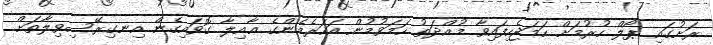
ރަށުގައި ޕޯލް ހުރުމަށް ހަމަޖެހިފައިވާ މުއްދަތު ހަމަވުމުން އަހަރެމެންގެ ޢާއިލާ ގޮވައިގެން އިނގިރޭސިވިލާތަށް